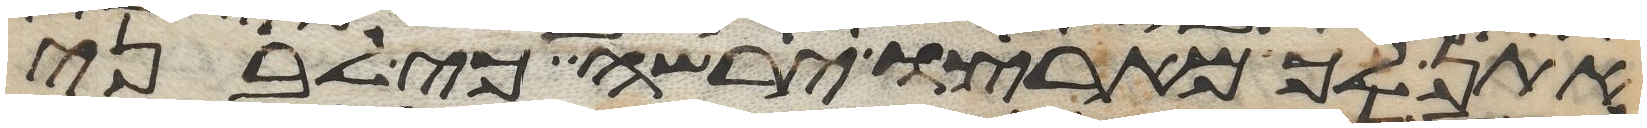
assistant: אתן לך מארצו ירשה כי לבני